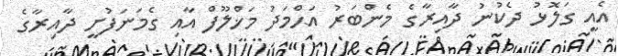
އެއީ ގަލޮޅު ދެކުނު ދާއިރާގެ މެންބަރު އަޙްމަދު މަޚްލޫފް އާއި ގެމަނަފުށީ ދާއިރާގެ